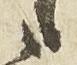
候